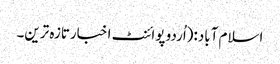
اسلام آباد:(اُردو پوائنٹ اخبارتازہ ترین۔